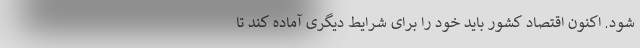
شود. اکنون اقتصاد کشور باید خود را برای شرایط دیگری آماده کند تا